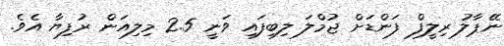
ނޭޕާލު ރިލީފް ފަންޑަށް ޖުމްލަ ލިބިފައި ވަނީ 2.5 މިލިއަން ރުފިޔާ އެވެ.